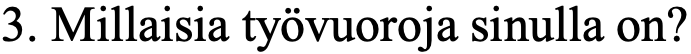
3. Millaisia työvuoroja sinulla on?